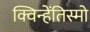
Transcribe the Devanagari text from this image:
क्विन्हेंतिस्मो